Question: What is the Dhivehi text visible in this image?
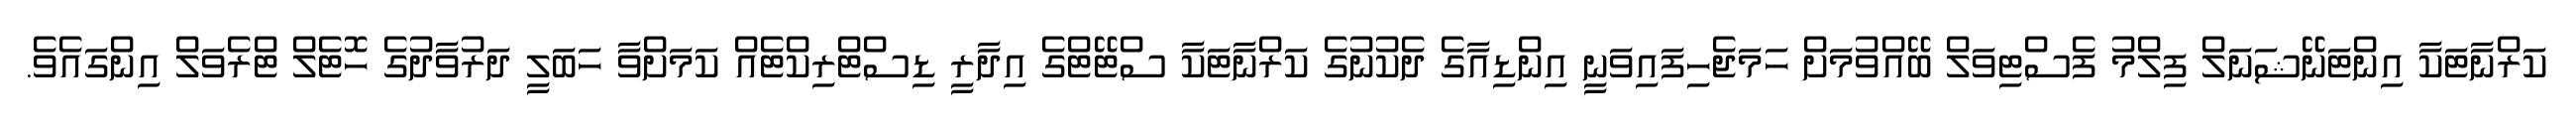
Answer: ކަރްނާޓަކާ އިންޓަނޭޝަނަލް ފިލްމު ފެސްޓިވަލް ބޭއްވުމަށް ހަމަޖެހިފައިވަނީ އިންޑިއާގެ ދެކުނުގެ ކަރްނާޓަކާ ސްޓޭޓްގެ އިދާރީ ޑިސްޓްރިކްޓެއް ކަމަށްވާ ހަބަލީ ދަރުވާދުގެ ހޮޓެލް ޓްރެވަލް އިންގައެވެ.